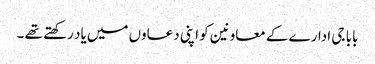
بابا جی ادارے کے معاونین کو اپنی دعاوں میں یاد رکھتے تھے ۔